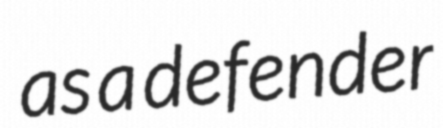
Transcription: as a defender